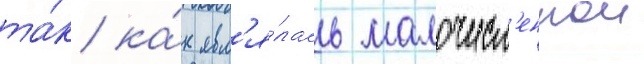
та́к ка́к явл'я́лась малочисл'еннои